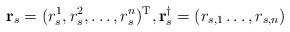
LaTeX: \begin{align*} \mathbf r_s=(r_s^1,r_s^2,\dots,r_s^n)^{\mathrm{T}}, \mathbf r^\dag_s=(r_{s,1}\dots,r_{s,n})\end{align*}